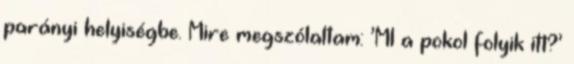
parányi helyiségbe. Mire megszólaltam: ’MI a pokol folyik itt?’